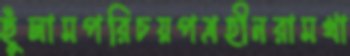
ছুঁলামপরিচয়পত্রহীনরামখা